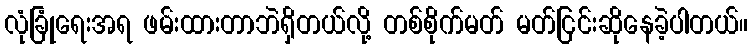
လုံခြုံရေးအရ ဖမ်းထားတာဘဲရှိတယ်လို့ တစ်စိုက်မတ် မတ်ငြင်းဆိုနေခဲ့ပါတယ်။